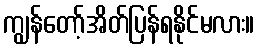
ကျွန်တော့်အိတ်ပြန်ရနိုင်မလား။